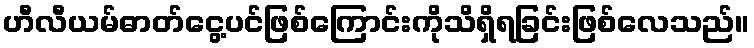
ဟီလီယမ်ဓာတ်ငွေ့ပင်ဖြစ်ကြောင်းကိုသိရှိရခြင်းဖြစ်လေသည်။